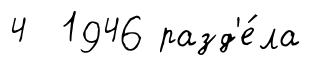
4 1946 разд'е́ла